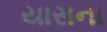
યાસના